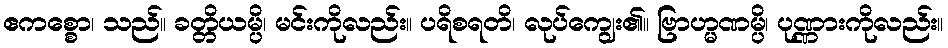
ဧကစ္စော၊ သည်။ ခတ္တိယမ္ပိ၊ မင်းကိုလည်း။ ပရိစရတိ၊ လုပ်ကျွေး၏။ ဗြာဟ္မဏမ္ပိ၊ ပုဏ္ဏားကိုလည်း။